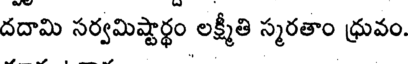
దదామి సర్వమిష్టార్థం లక్ష్మీతి స్మరతాం ధ్రువం.